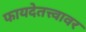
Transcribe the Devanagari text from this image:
फायदेतत्त्वावर